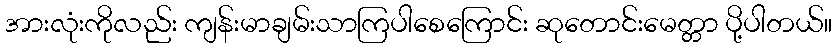
အားလုံးကိုလည်း ကျန်းမာချမ်းသာကြပါစေကြောင်း ဆုတောင်းမေတ္တာ ပို့ပါတယ်။